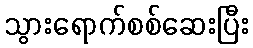
သွားရောက်စစ်ဆေးပြီး